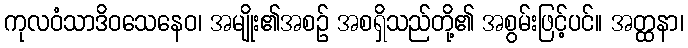
ကုလဝံသာဒိဝသေနေဝ၊ အမျိုး၏အစဉ် အစရှိသည်တို့၏ အစွမ်းဖြင့်ပင်။ အတ္ထနာ၊